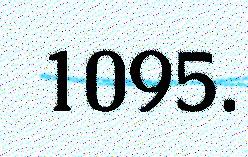
1095.